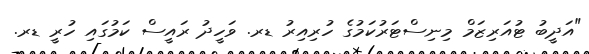
"އަދީބު ޓުއަރިޒަމް މިނިސްޓަރުކަމުގެ ހުރިއިރު ޑރ. ވަހީދު ރައީސް ކަމުގައި ހުރީ ޑރ.